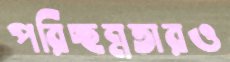
পরিচ্ছন্নতারও